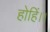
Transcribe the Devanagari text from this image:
होहिं।।